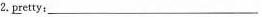
2.\underline{pr}lease___